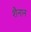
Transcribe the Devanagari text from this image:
शैनान